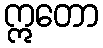
ဣတော